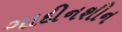
ગાદીનશીન